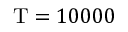
\mathrm { T } = 1 0 0 0 0